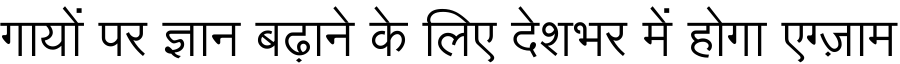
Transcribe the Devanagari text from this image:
गायों पर ज्ञान बढ़ाने के लिए देशभर में होगा एग्ज़ाम